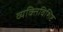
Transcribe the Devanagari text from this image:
व्यक्तिविशिष्ट